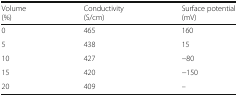
<table><thead><tr><td><b>Volume(%)</b></td><td><b>Conductivity(S/cm)</b></td><td><b>Surface potential(mV)</b></td></tr></thead><tbody><tr><td>0</td><td>465</td><td>160</td></tr><tr><td>5</td><td>438</td><td>15</td></tr><tr><td>10</td><td>427</td><td>−80</td></tr><tr><td>15</td><td>420</td><td>−150</td></tr><tr><td>20</td><td>409</td><td>--</td></tr></tbody></table>